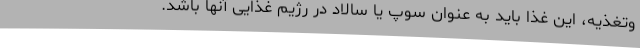
وتغذیه، این غذا باید به عنوان سوپ یا سالاد در رژیم غذایی آنها باشد.